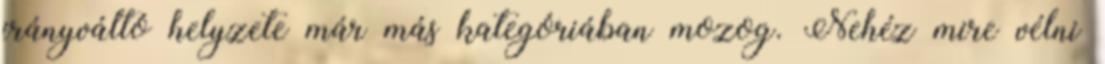
irányváltó helyzete már más kategóriában mozog. Nehéz mire vélni